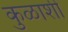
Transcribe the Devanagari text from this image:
कुळाशी